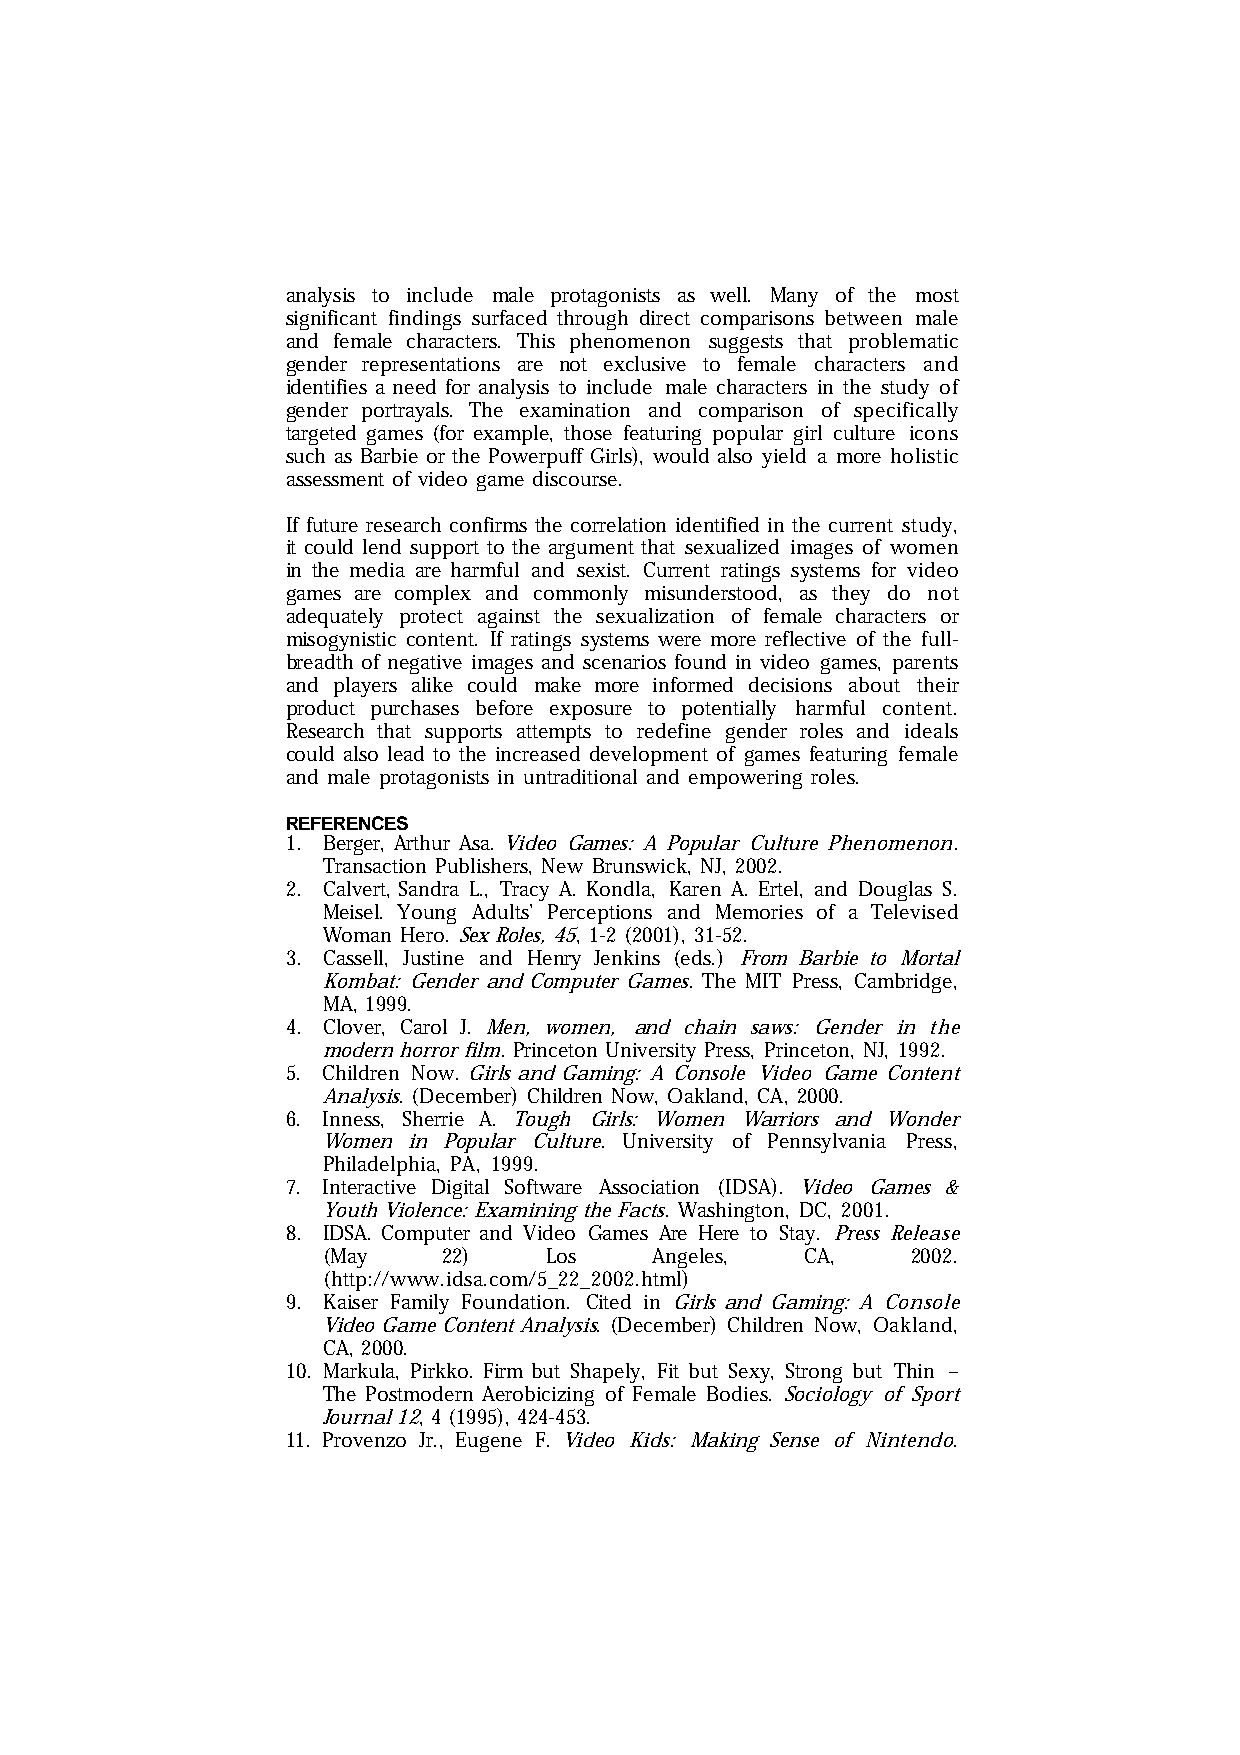
analysis to include male protagonists as well. Many of the most
 significant findings surfaced through direct comparisons between male
 and female characters. This phenomenon suggests that problematic
 gender representations are not exclusive to female characters and
 identifies a need for analysis to include male characters in the study of
 gender portrayals. The examination and comparison of specifically
 targeted games (for example, those featuring popular girl culture icons
 such as Barbie or the Powerpuff Girls), would also yield a more holistic
 assessment of video game discourse.
 If future research confirms the correlation identified in the current study,
 it could lend support to the argument that sexualized images of women
 in the media are harmful and sexist. Current ratings systems for video
 games are complex and commonly misunderstood, as they do not
 adequately protect against the sexualization of female characters or
 misogynistic content. If ratings systems were more reflective of the full-
 breadth of negative images and scenarios found in video games, parents
 and players alike could make more informed decisions about their
 product purchases before exposure to potentially harmful content.
 Research that supports attempts to redefine gender roles and ideals
 could also lead to the increased development of games featuring female
 and male protagonists in untraditional and empowering roles.
 REFERENCES
 1. Berger, Arthur Asa. Video Games: A Popular Culture Phenomenon.
 Transaction Publishers, New Brunswick, NJ, 2002.
 2. Calvert, Sandra L., Tracy A. Kondla, Karen A. Ertel, and Douglas S.
 Meisel. Young Adults’ Perceptions and Memories of a Televised
 Woman Hero. Sex Roles, 45, 1-2 (2001), 31-52.
 3. Cassell, Justine and Henry Jenkins (eds.) From Barbie to Mortal
 Kombat: Gender and Computer Games. The MIT Press, Cambridge,
 MA, 1999.
 4. Clover, Carol J. Men, women, and chain saws: Gender in the
 modern horror film. Princeton University Press, Princeton, NJ, 1992.
 5. Children Now. Girls and Gaming: A Console Video Game Content
 Analysis. (December) Children Now, Oakland, CA, 2000.
 6. Inness, Sherrie A. Tough Girls: Women Warriors and Wonder
 Women in Popular Culture. University of Pennsylvania Press,
 Philadelphia, PA, 1999.
 7. Interactive Digital Software Association (IDSA). Video Games &
 Youth Violence: Examining the Facts. Washington, DC, 2001.
 8. IDSA. Computer and Video Games Are Here to Stay. Press Release
 (May    22)    Los    Angeles,  CA,    2002.
 (http://www.idsa.com/5_22_2002.html)
 9. Kaiser Family Foundation. Cited in Girls and Gaming: A Console
 Video Game Content Analysis. (December) Children Now, Oakland,
 CA, 2000.
 10. Markula, Pirkko. Firm but Shapely, Fit but Sexy, Strong but Thin –
 The Postmodern Aerobicizing of Female Bodies. Sociology of Sport
 Journal 12, 4 (1995), 424-453.
 11. Provenzo Jr., Eugene F. Video Kids: Making Sense of Nintendo.